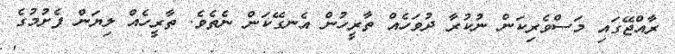
ރާއްޖޭގައި މަސްވެރިކަން ނުކުރާ ދުވަހެއް ތާރީހުން އެނގޭކަން ނެތެވެ. ތާރީހެއް ލިޔަން ފެށުމުގެ